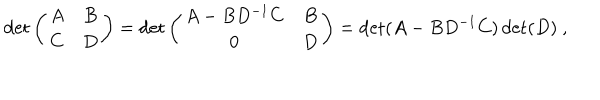
\det \left( \begin{array} { c c } { { A } } & { { B } } \\ { { C } } & { { D } } \\ \end{array} \right) = \det \left( \begin{array} { c c } { { A - B D ^ { - 1 } C } } & { { B } } \\ { { 0 } } & { { D } } \\ \end{array} \right) = \det ( A - B D ^ { - 1 } C ) \det ( D ) \ ,